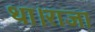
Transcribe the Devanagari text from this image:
था।राजा